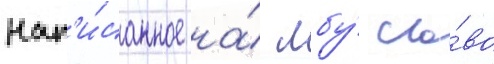
нап'и́санное на́ лбу́ сло́во